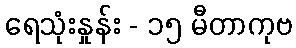
ရေသုံးနှုန်း - ၁၅ မီတာကုဗ